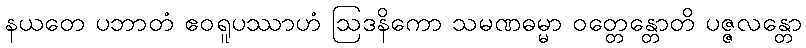
နယတေ ပဘာတံ ဧဝရူပဿာဟံ ဩဒနိကော သမဏဓမ္မာ ဝတ္တေန္တောတိ ပဇ္ဇလန္တော